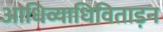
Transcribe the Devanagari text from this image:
आधिव्याधिविताड़न